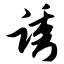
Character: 诱